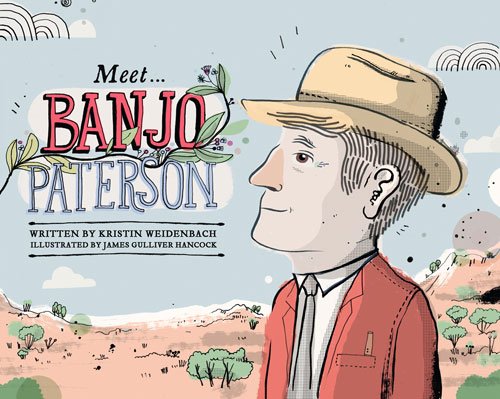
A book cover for Meet Banjo Patterson; Kristin Weidenbach; Children's Books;